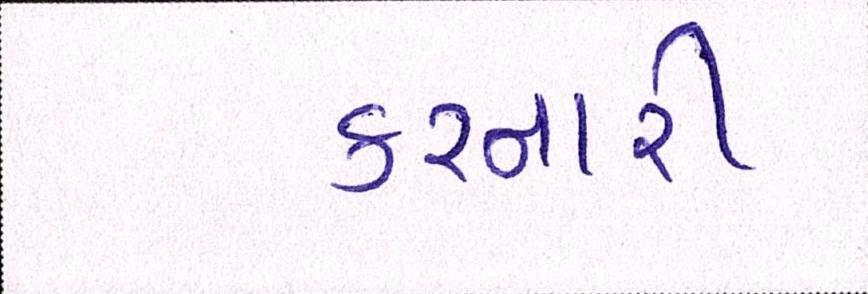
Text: કરનારી